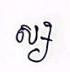
ស្ស